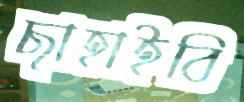
ছাহাইবি